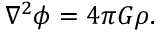
\nabla ^ { 2 } \phi = 4 \pi G \rho .